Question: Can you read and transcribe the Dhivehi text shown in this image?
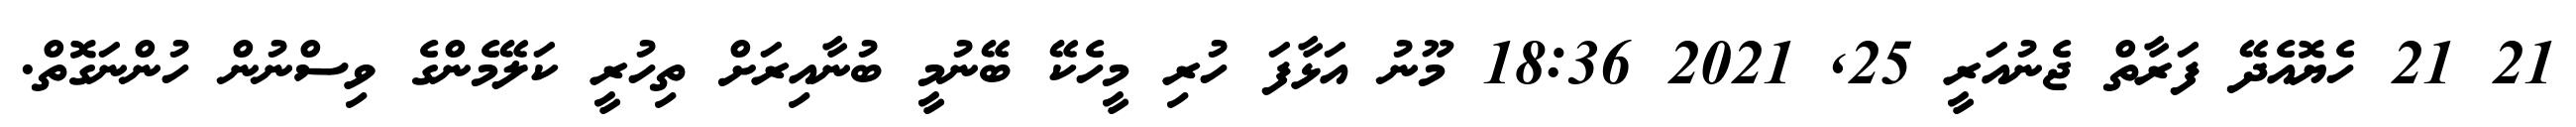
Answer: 21 21 ހެޔޮއެދޭ ފަރާތް ޖެނުއަރީ 25, 2021 18:36 މޫނު އަޅާފަ ހުރި މީހެކޭ ބޭނުމީ ބުނާއިރަށް ތިހުރީ ކަލޭމެންގެ ވިސްނުން ހުންނަގޮތް.